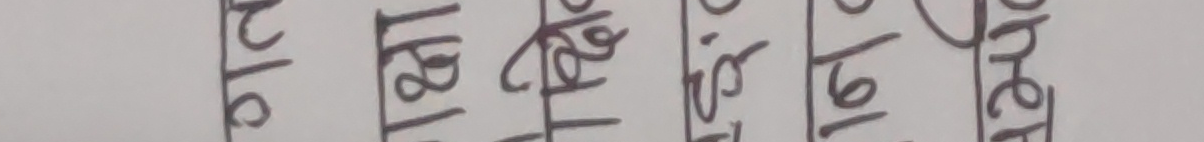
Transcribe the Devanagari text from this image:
बाट खरीको ठेकीमा भेट